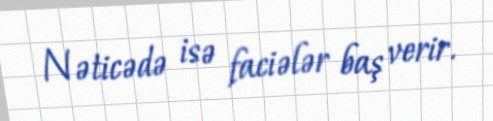
Nəticədə isə faciələr baş verir.